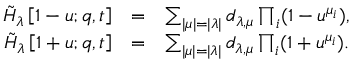
\begin{array} { r l r } { \tilde { H } _ { \lambda } \left[ 1 - u ; q , t \right] } & { = } & { \sum _ { | \mu | = | \lambda | } d _ { \lambda , \mu } \prod _ { i } ( 1 - u ^ { \mu _ { i } } ) , } \\ { \tilde { H } _ { \lambda } \left[ 1 + u ; q , t \right] } & { = } & { \sum _ { | \mu | = | \lambda | } d _ { \lambda , \mu } \prod _ { i } ( 1 + u ^ { \mu _ { i } } ) . } \end{array}